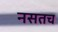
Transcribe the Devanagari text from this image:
नसतच